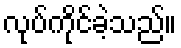
လုပ်ကိုင်ခဲ့သည်။